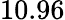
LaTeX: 10.96